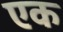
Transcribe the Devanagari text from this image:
एक